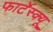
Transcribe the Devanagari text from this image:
फार्टेस्क्यू